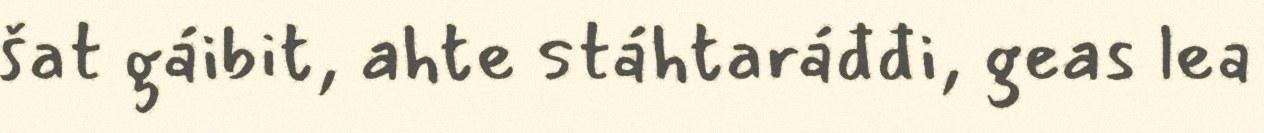
šat gáibit, ahte stáhtaráđđi, geas lea